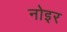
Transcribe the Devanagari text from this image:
नोइर